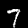
Label: 7